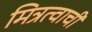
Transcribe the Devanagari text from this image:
मित्रत्वाची